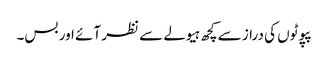
پپوٹوں کی دراز سے کچھ ہیولے سے نظر آئے اور بس۔